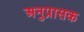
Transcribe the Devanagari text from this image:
अनुप्रासक